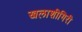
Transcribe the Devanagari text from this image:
खलाशीगिरी